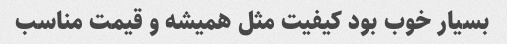
بسیار خوب بود کیفیت مثل همیشه و قیمت مناسب